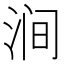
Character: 涧